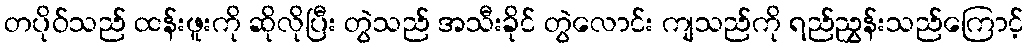
တပိုဝ်သည် ထန်းဖူးကို ဆိုလိုပြီး တွဲသည် အသီးခိုင် တွဲလောင်း ကျသည်ကို ရည်ညွှန်းသည်ကြောင့်